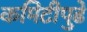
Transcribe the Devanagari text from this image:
कमिटीपुढे